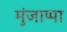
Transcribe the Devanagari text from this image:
मुंजाप्पा